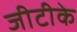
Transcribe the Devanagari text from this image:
जीटीके